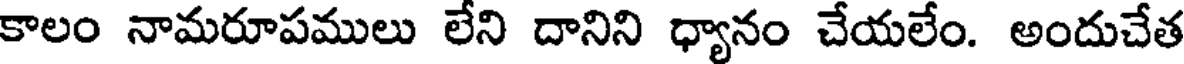
కాలం నామరూపములు లేని దానిని ధ్యానం చేయలేం. అందుచేత